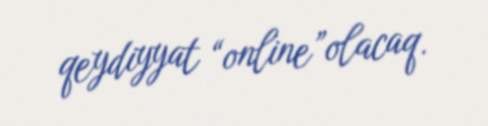
qeydiyyat “online”olacaq.